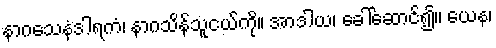
နာဂသေနံဒါရကံ၊ နာဂသိန်သူငယ်ကို။ အာဒါယ၊ ခေါ်ဆောင်၍။ ယေန၊